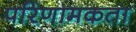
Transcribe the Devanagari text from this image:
परिणामकता